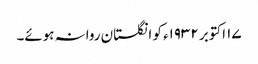
١۷ اکتوبر ١٩٣٢ء کو انگلستان روانہ ہوئے۔